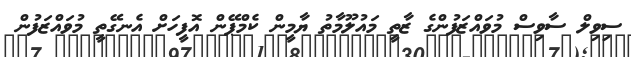
ސިވިލް ސާވިސް މުވައްޒަފުންގެ ޒާތީ މައުލޫމާތު ޔާމީން ކެމްޕޭން އޮފީހަށް އެނގޭތީ މުވައްޒަފުން